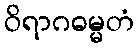
ဝိရာဂဓမ္မတံ